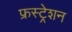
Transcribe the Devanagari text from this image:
फ्रस्ट्रेशन